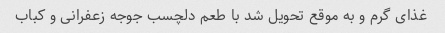
غذای گرم و به موقع تحویل شد با طعم دلچسب جوجه زعفرانی و کباب